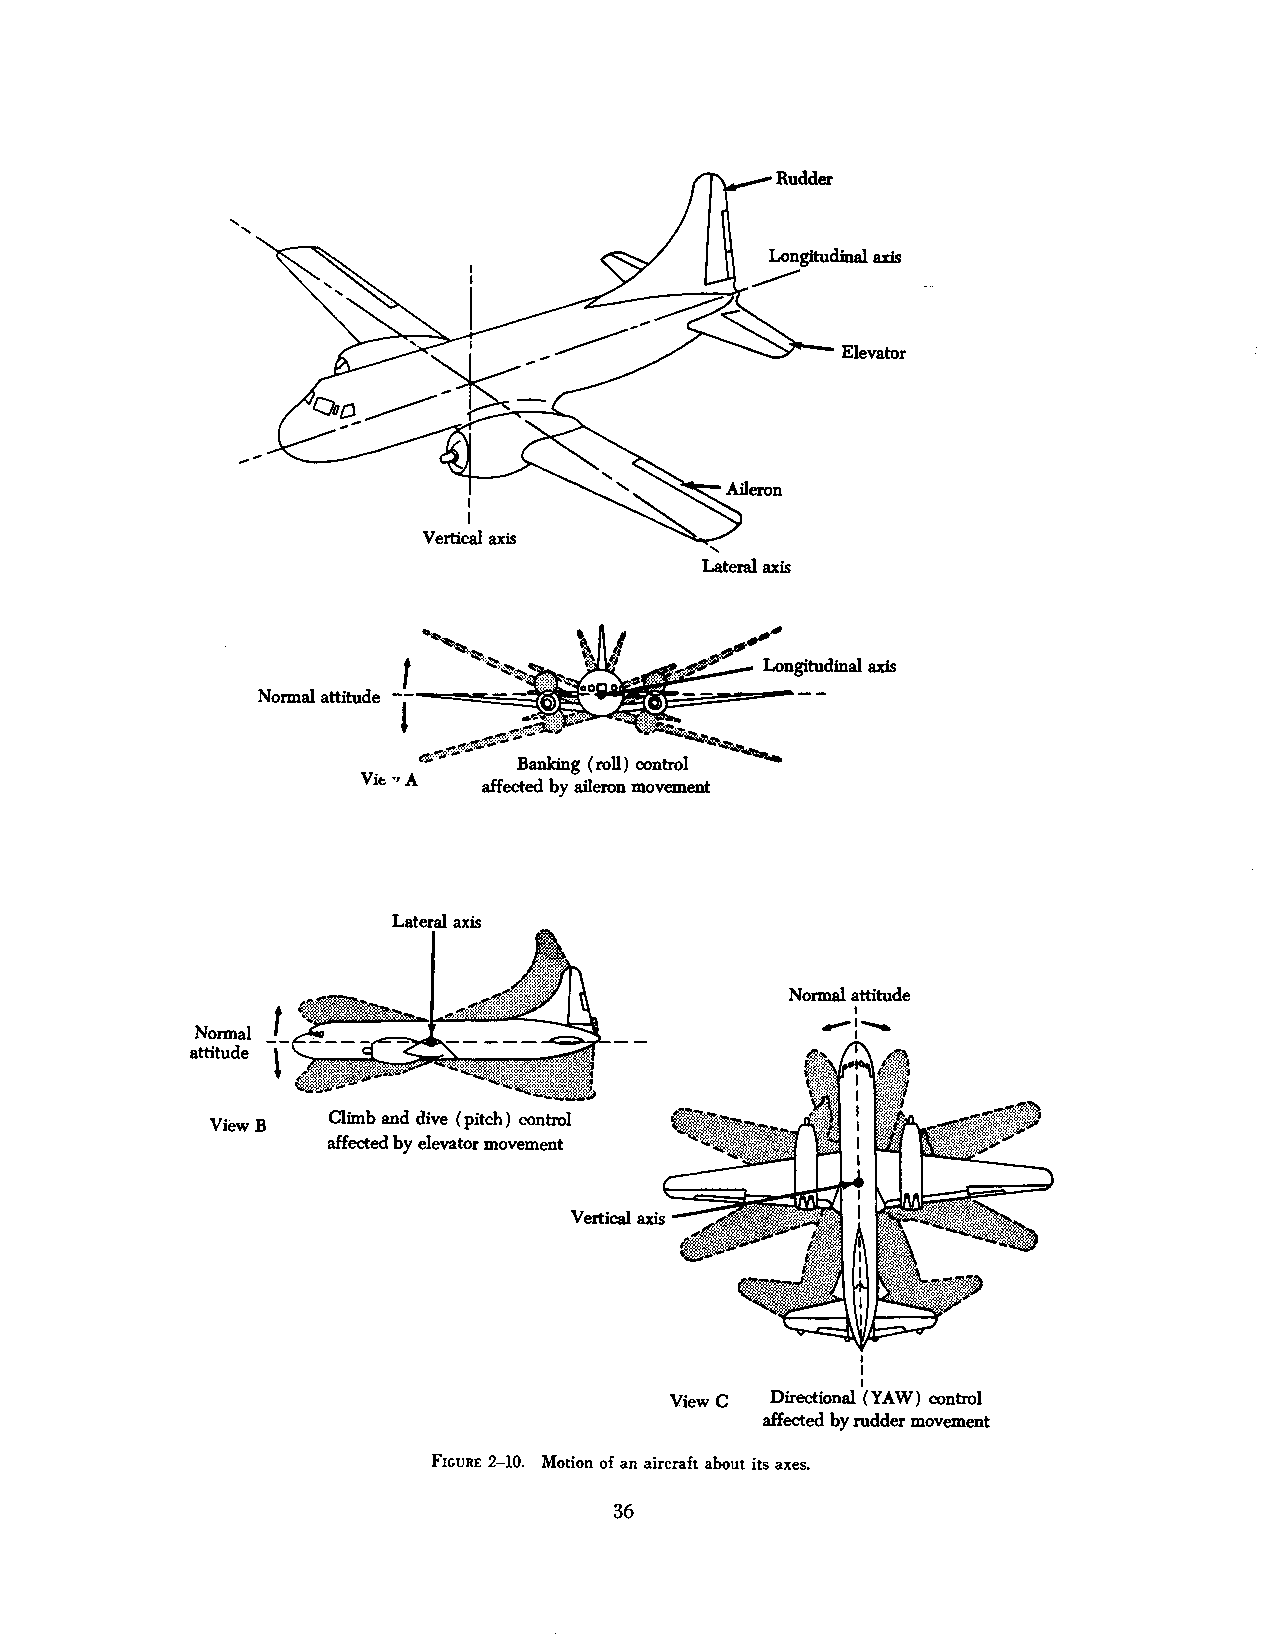
'
 '
 Elevator
 Vertical axis
 '
 Lateral axis
 Normal attitude
 Lateral axis
 Normal attitude
 1
 Normal
 attitude
 ~
 Climb and dive (pitch) control
 ViewB
 affected by elevator movement
 I
 ViewC Directional (YAW) control
 affected by rudder movement
 FIGURE 2-10. Motion of an aircraft about its axes.
 36